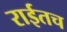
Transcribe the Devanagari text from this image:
राईतच